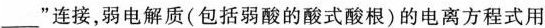
___” 连接，弱电解质(包括弱酸的酸式酸根)的电离方程式用